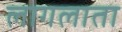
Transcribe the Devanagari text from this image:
लागलाता